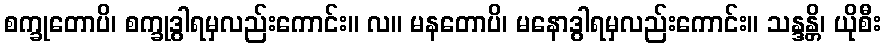
စက္ခုတောပိ၊ စက္ခုဒွါရမှလည်းကောင်း။ လ။ မနတောပိ၊ မနောဒွါရမှလည်းကောင်း။ သန္ဒန္တိ၊ ယိုစီး